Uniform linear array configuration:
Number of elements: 16
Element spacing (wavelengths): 0.5
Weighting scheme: cosine
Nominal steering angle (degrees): -60
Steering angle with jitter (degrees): -60.554
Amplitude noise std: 0.05
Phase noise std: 0.05

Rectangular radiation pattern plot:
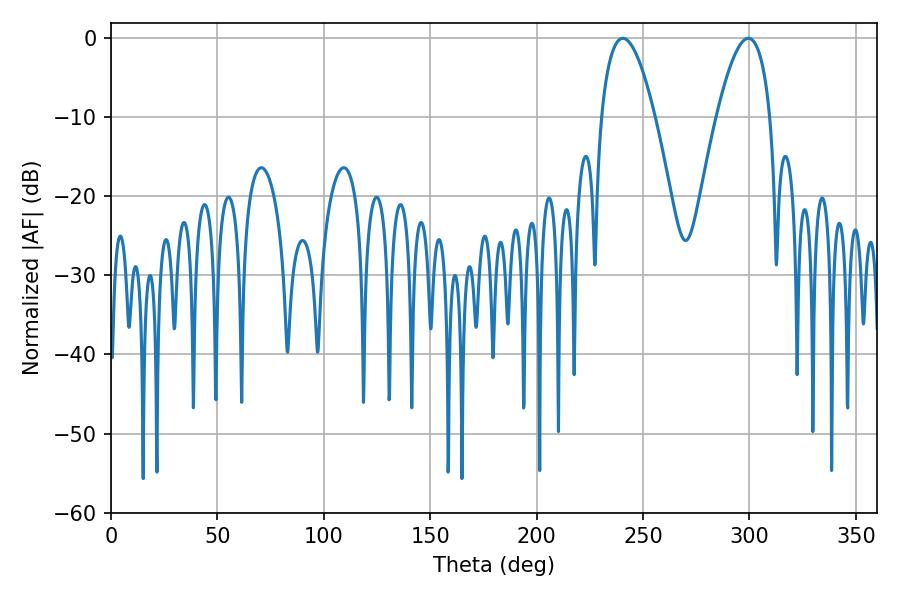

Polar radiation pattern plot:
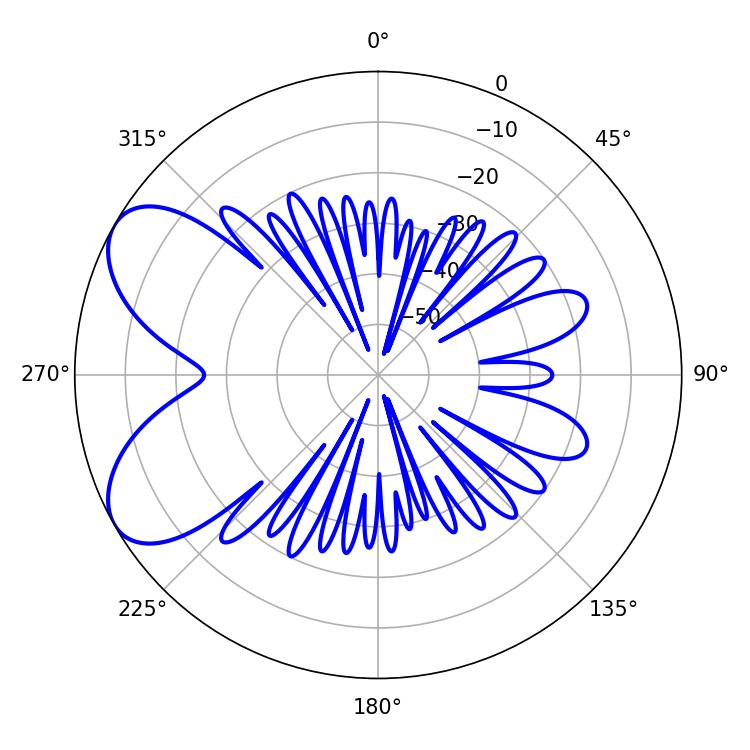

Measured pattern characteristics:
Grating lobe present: FALSE
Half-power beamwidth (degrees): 13.86
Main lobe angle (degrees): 299.52